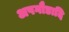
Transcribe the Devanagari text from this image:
अपगौडादि